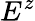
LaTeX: E^{z}